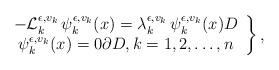
LaTeX: \begin{align*}\left.\begin{array}{c} -\mathcal{L}_k^{\epsilon, v_k}\,\psi_k^{\epsilon,v_k}(x) = \lambda_k^{\epsilon,v_k}\,\psi_k^{\epsilon,v_k}(x) D\\ \psi_k^{\epsilon,v_k}(x) = 0 \partial D, k =1,2, \ldots, n\end{array}\right\}, \end{align*}